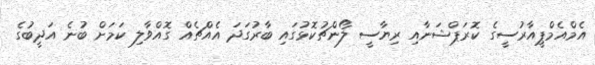
އެމްއެމްޕީއާރުސީގެ ކޮރަޕްޝަނާއި ރިޔާސީ ލޯންޗުކޮޅުގައި ބާރުގަދަ އެއްޗެއް ގޮއްވާލި ކަމަށް ބުނެ އަދީބުގެ